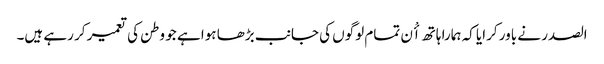
الصدر نے باور کرایا کہ ہمارا ہاتھ اٴْن تمام لوگوں کی جانب بڑھا ہوا ہے جو وطن کی تعمیر کر رہے ہیں۔